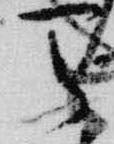
天